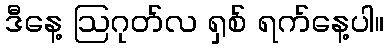
ဒီနေ့ ဩဂုတ်လ ရှစ် ရက်နေ့ပါ။